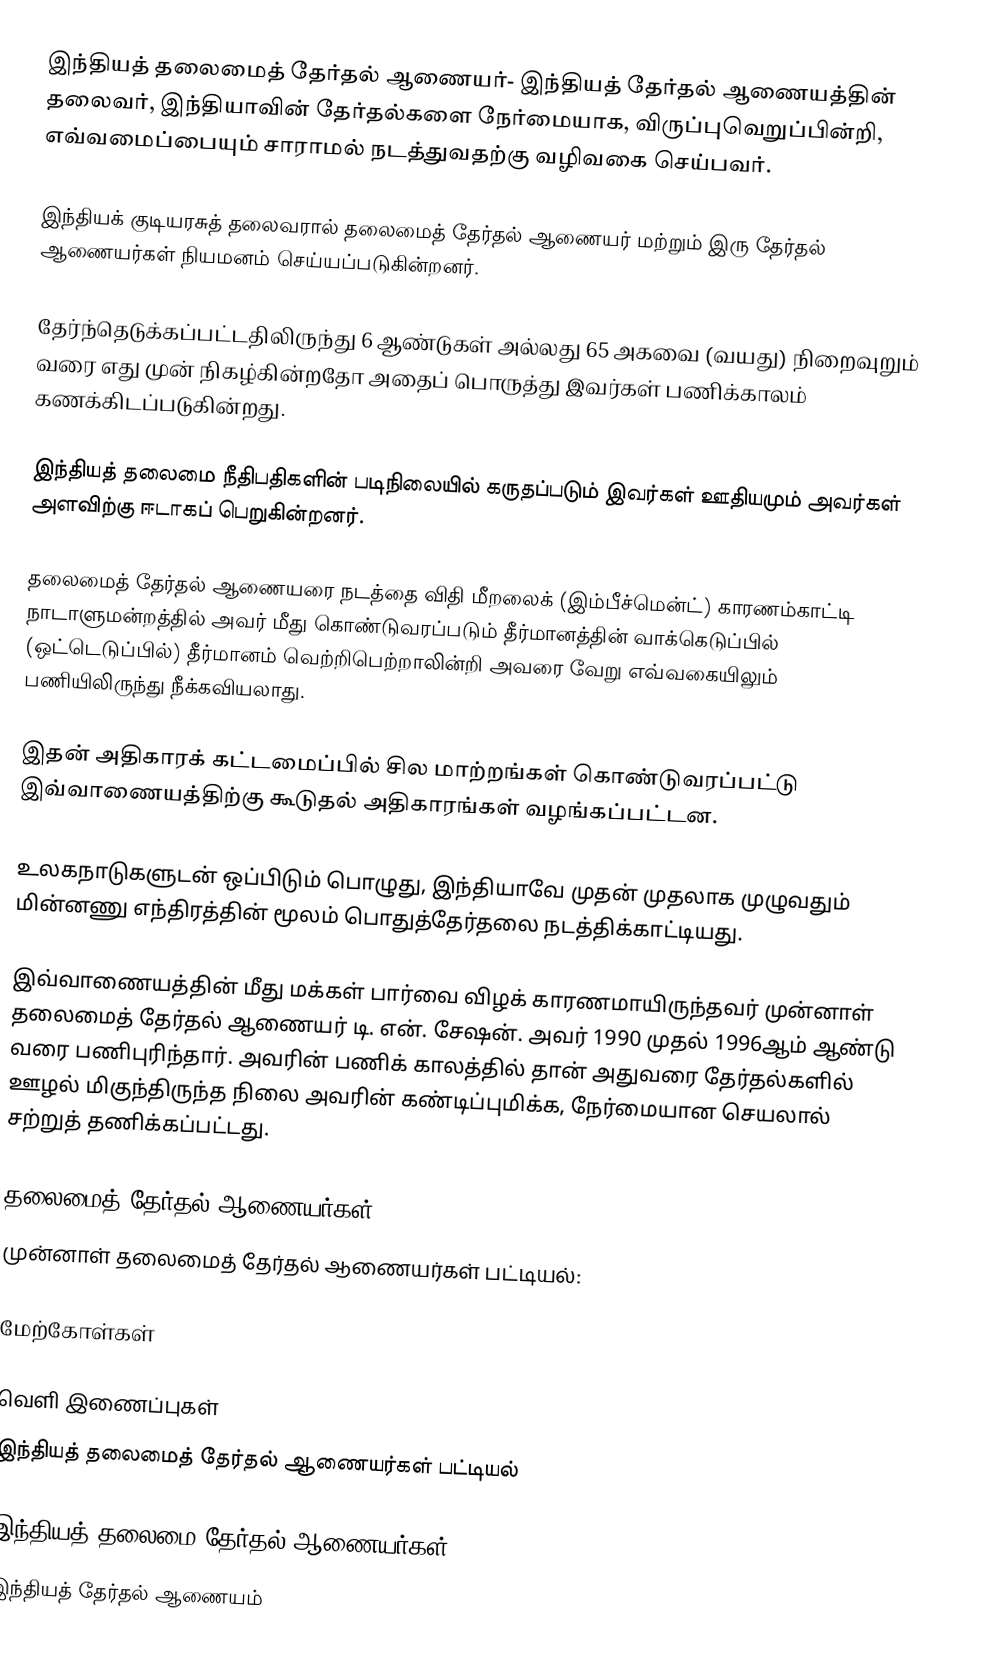
இந்தியத் தலைமைத் தேர்தல் ஆணையர்- இந்தியத் தேர்தல் ஆணையத்தின் தலைவர், இந்தியாவின் தேர்தல்களை நேர்மையாக, விருப்புவெறுப்பின்றி, எவ்வமைப்பையும் சாராமல் நடத்துவதற்கு வழிவகை செய்பவர்.

இந்தியக் குடியரசுத் தலைவரால் தலைமைத் தேர்தல் ஆணையர் மற்றும் இரு தேர்தல் ஆணையர்கள் நியமனம் செய்யப்படுகின்றனர்.

தேர்ந்தெடுக்கப்பட்டதிலிருந்து 6 ஆண்டுகள் அல்லது 65 அகவை (வயது) நிறைவுறும் வரை எது முன் நிகழ்கின்றதோ அதைப் பொருத்து இவர்கள் பணிக்காலம் கணக்கிடப்படுகின்றது.

இந்தியத் தலைமை நீதிபதிகளின் படிநிலையில் கருதப்படும் இவர்கள் ஊதியமும் அவர்கள் அளவிற்கு ஈடாகப் பெறுகின்றனர்.

தலைமைத் தேர்தல் ஆணையரை நடத்தை விதி மீறலைக் (இம்பீச்மென்ட்) காரணம்காட்டி நாடாளுமன்றத்தில் அவர் மீது கொண்டுவரப்படும் தீர்மானத்தின் வாக்கெடுப்பில் (ஒட்டெடுப்பில்) தீர்மானம் வெற்றிபெற்றாலின்றி அவரை வேறு எவ்வகையிலும் பணியிலிருந்து நீக்கவியலாது.

இதன் அதிகாரக் கட்டமைப்பில் சில மாற்றங்கள் கொண்டுவரப்பட்டு இவ்வாணையத்திற்கு கூடுதல் அதிகாரங்கள் வழங்கப்பட்டன.

உலகநாடுகளுடன் ஒப்பிடும் பொழுது, இந்தியாவே முதன் முதலாக முழுவதும் மின்னணு எந்திரத்தின் மூலம் பொதுத்தேர்தலை நடத்திக்காட்டியது.

இவ்வாணையத்தின் மீது மக்கள் பார்வை விழக் காரணமாயிருந்தவர் முன்னாள் தலைமைத் தேர்தல் ஆணையர் டி. என். சேஷன். அவர்  1990 முதல் 1996ஆம் ஆண்டு வரை பணிபுரிந்தார். அவரின் பணிக் காலத்தில் தான் அதுவரை தேர்தல்களில் ஊழல் மிகுந்திருந்த நிலை அவரின் கண்டிப்புமிக்க, நேர்மையான செயலால் சற்றுத் தணிக்கப்பட்டது.

தலைமைத் தேர்தல் ஆணையர்கள்
முன்னாள் தலைமைத் தேர்தல் ஆணையர்கள் பட்டியல்:

மேற்கோள்கள்

வெளி இணைப்புகள்
இந்தியத் தலைமைத் தேர்தல் ஆணையர்கள் பட்டியல்

இந்தியத் தலைமை தேர்தல் ஆணையர்கள்
இந்தியத் தேர்தல் ஆணையம்